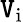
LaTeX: \mathtt{V}_{\mathrm{{i}}}